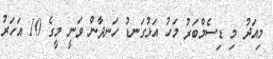
މިއަދު މި ޑިސެމްބަރު މަހު އަޅުގަނޑު ހަނދާން ވަނީ މީގެ 10 އަހަރު